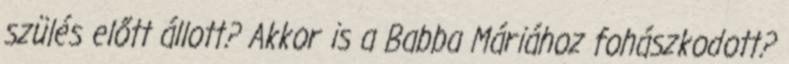
szülés előtt állott? Akkor is a Babba Máriához fohászkodott?